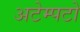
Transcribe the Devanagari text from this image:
अटेम्पटो